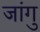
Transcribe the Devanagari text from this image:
जांगु